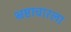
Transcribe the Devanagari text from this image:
भ्रष्टाचारला